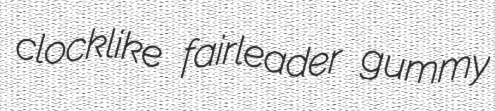
clocklike fairleader gummy